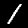
Digit: 1